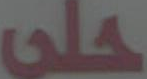
حلى